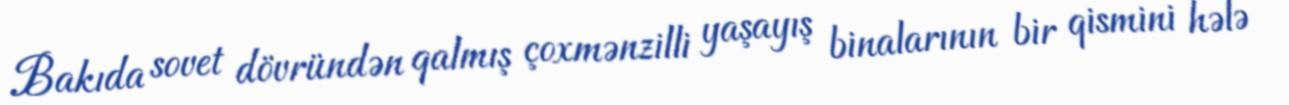
Bakıda sovet dövründən qalmış çoxmənzilli yaşayış binalarının bir qismini hələ